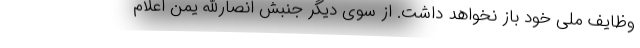
وظایف ملی خود باز نخواهد داشت. از سوی دیگر جنبش انصارالله یمن اعلام